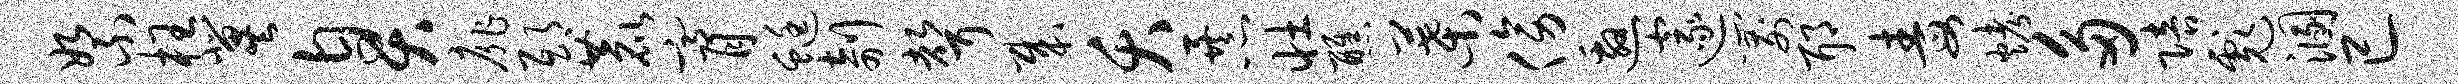
絮枉冀臭扉邸鹿膏蜓剞声哉夭暴壮醮叶傍邀邃箭耶毒烤多陪彪溷已